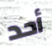
أحد